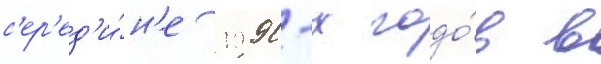
с'ер'ед'и́н'е 1990-х годо́в в